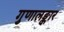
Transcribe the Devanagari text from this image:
गुणालङ्कार